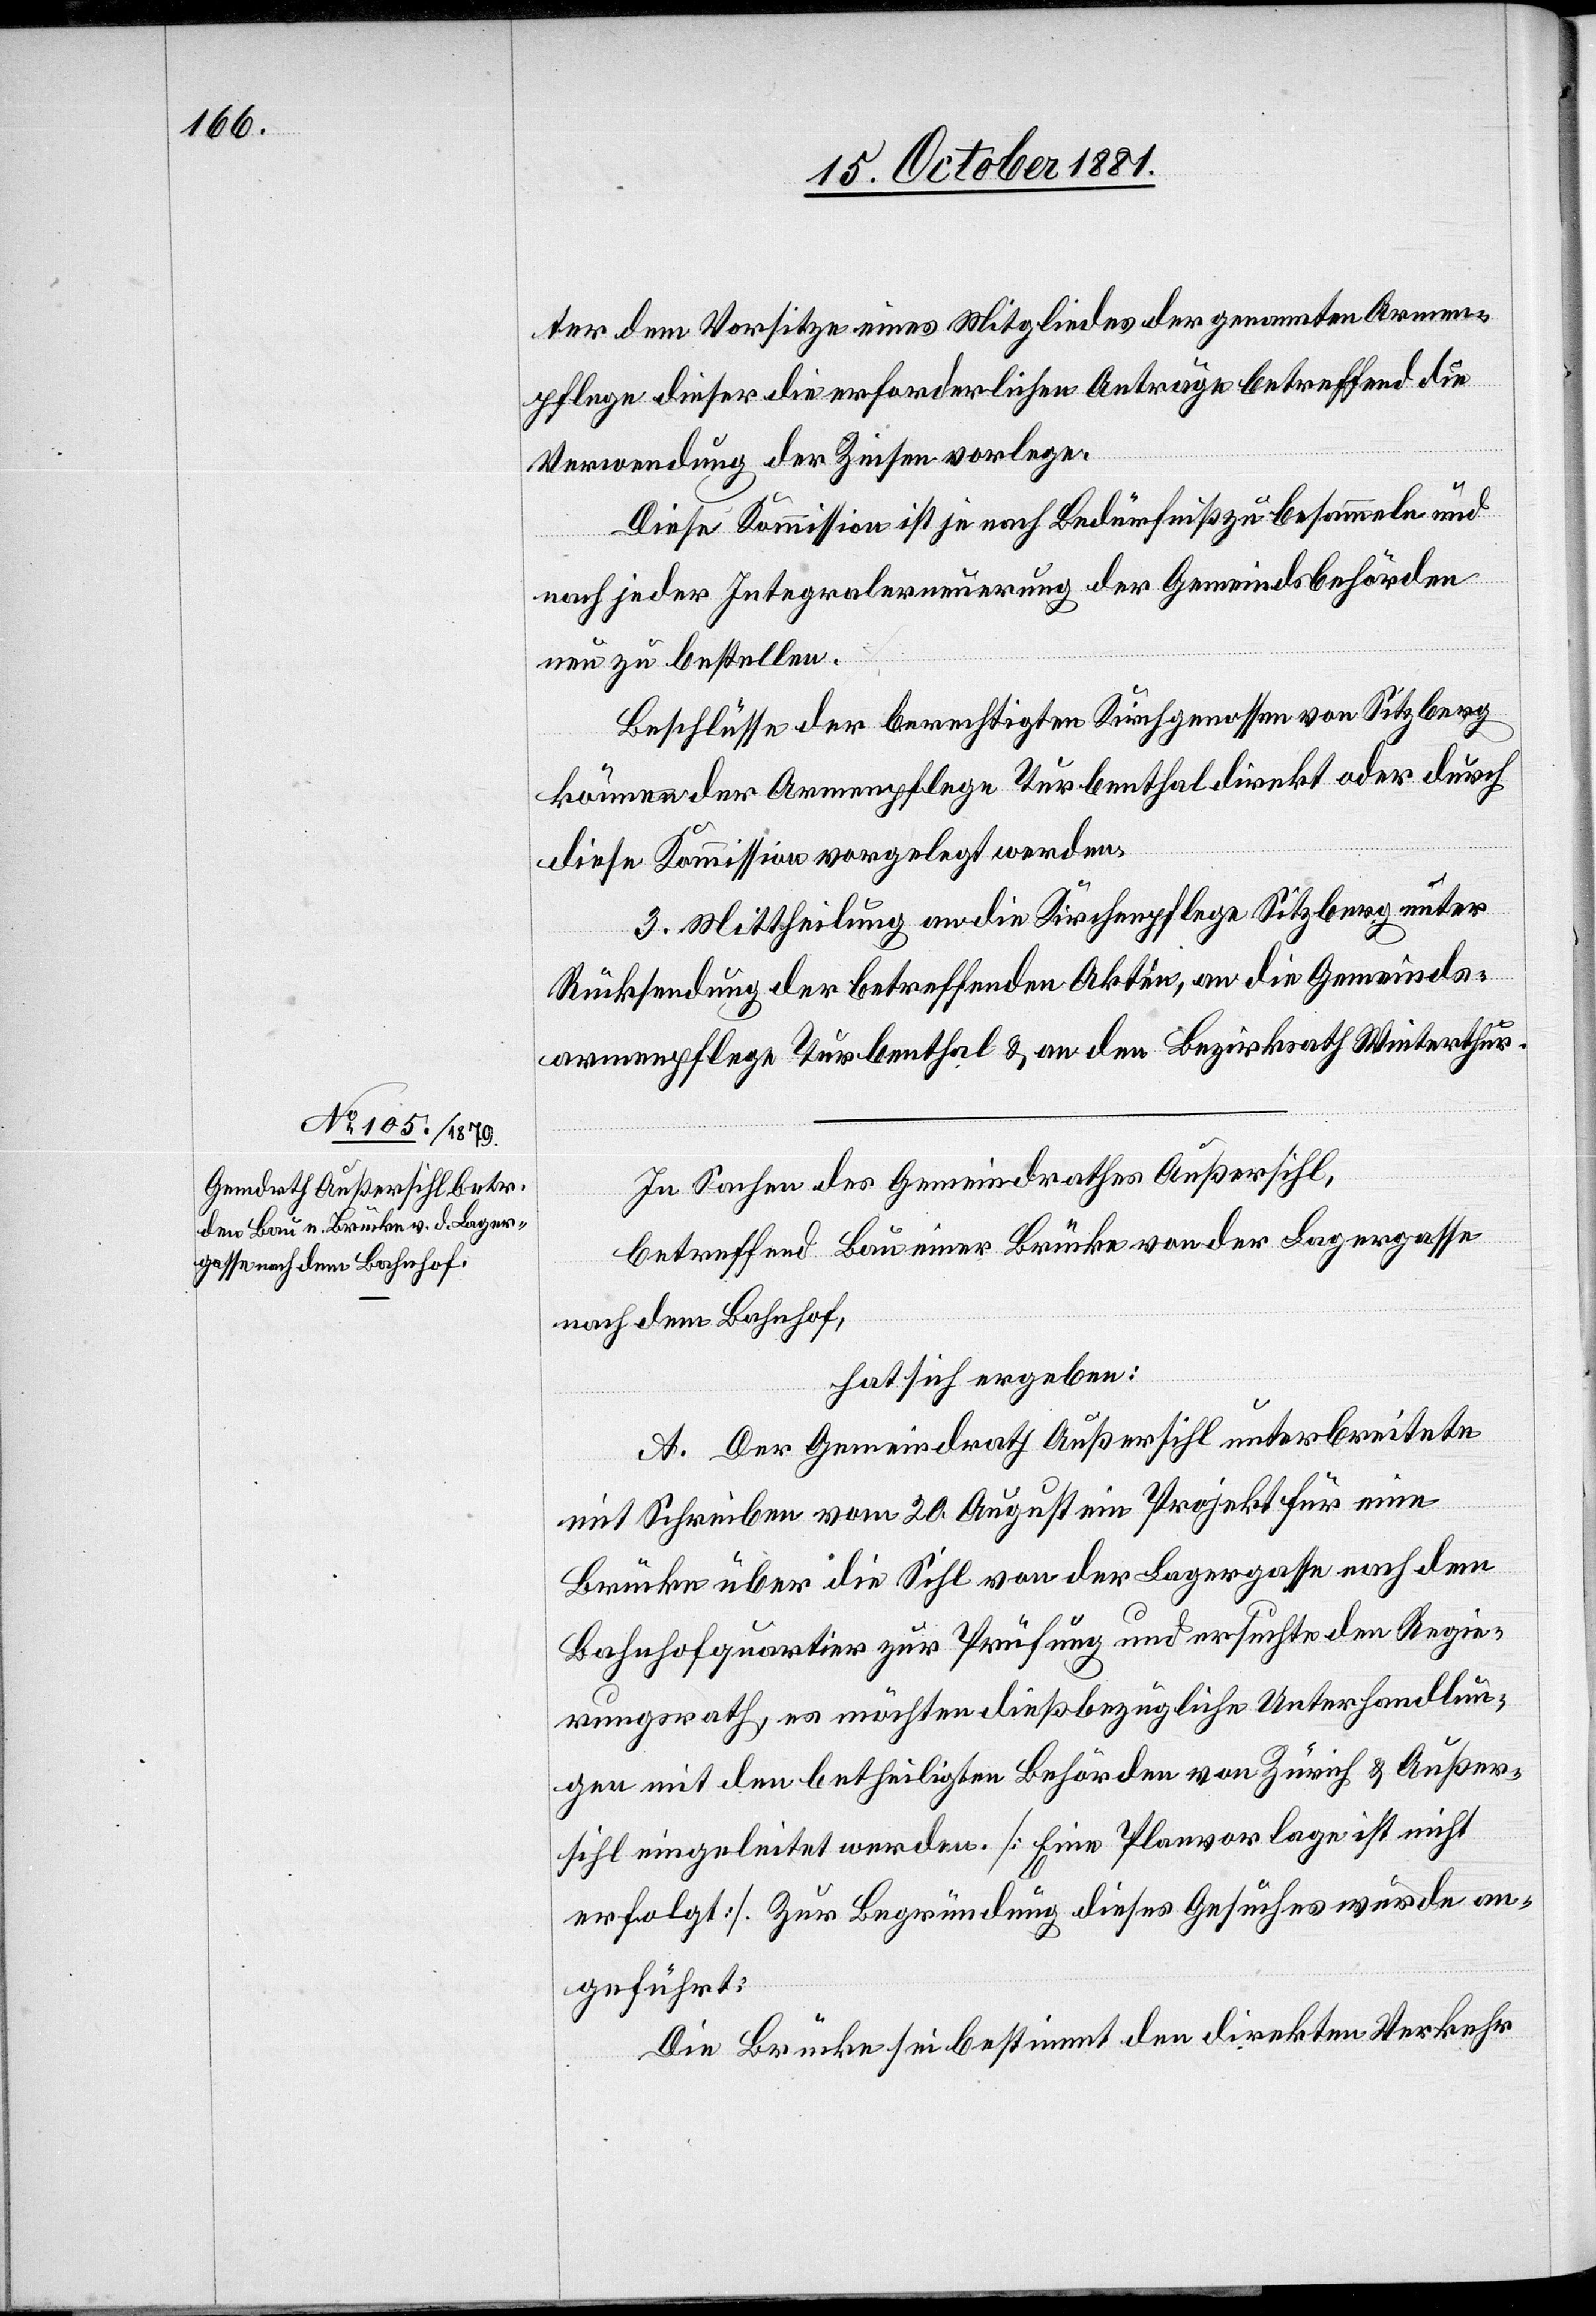
ter dem Vorsitze eines Mitgliedes der genannten Armen¬
pflege dieser die erforderlichen Anträge betreffend die
Verwendung der Zinsen vorlegen.
Diese Kommission ist je nach Bedürfniß zu besammeln und
nach jeder Integralerneuerung der Gemeindsbehörden
neu zu bestellen.
Beschlüsse der berechtigten Kirchgenossen von Sitzberg
können der Armenpflege Turbenthal direkt oder durch
diese Kommission vorgelegt werden.
3. Mittheilung an die Kirchenpflege Sitzberg unter
Rücksendung der betreffenden Akten, an die Gemeinds¬
armenpflege Turbenthal & an den Bezirks[r]ath Winterthur.
In Sachen des Gemeindrathes Außersihl,
betreffend Bau einer Brücke von der Lagergasse
nach dem Bahnhof,
hat sich ergeben:
A. Der Gemeindrath Außersihl unterbreitete
mit Schreiben vom 20. August ein Projekt für eine
Brücke über die Sihl von der Lagergasse nach dem
Bahnhofquartier zur Prüfung und ersuchte den Regie¬
rungsrath, es möchten dießbezügliche Unterhandlun¬
gen mit den betheiligten Behörden von Zürich & Außer¬
sihl eingeleitet werden. [Eine Planvorlage ist nicht
erfolgt]. Zur Begründung dieses Gesuches wurde an¬
geführt:
Die Brücke sei bestimmt den direkten Verkehr